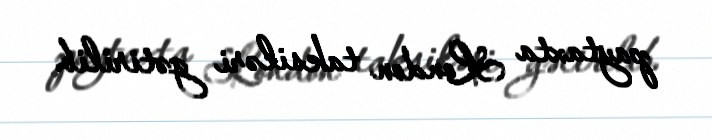
paytaxta London taksiləri gətirilib.